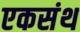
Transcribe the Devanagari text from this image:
एकसंथ